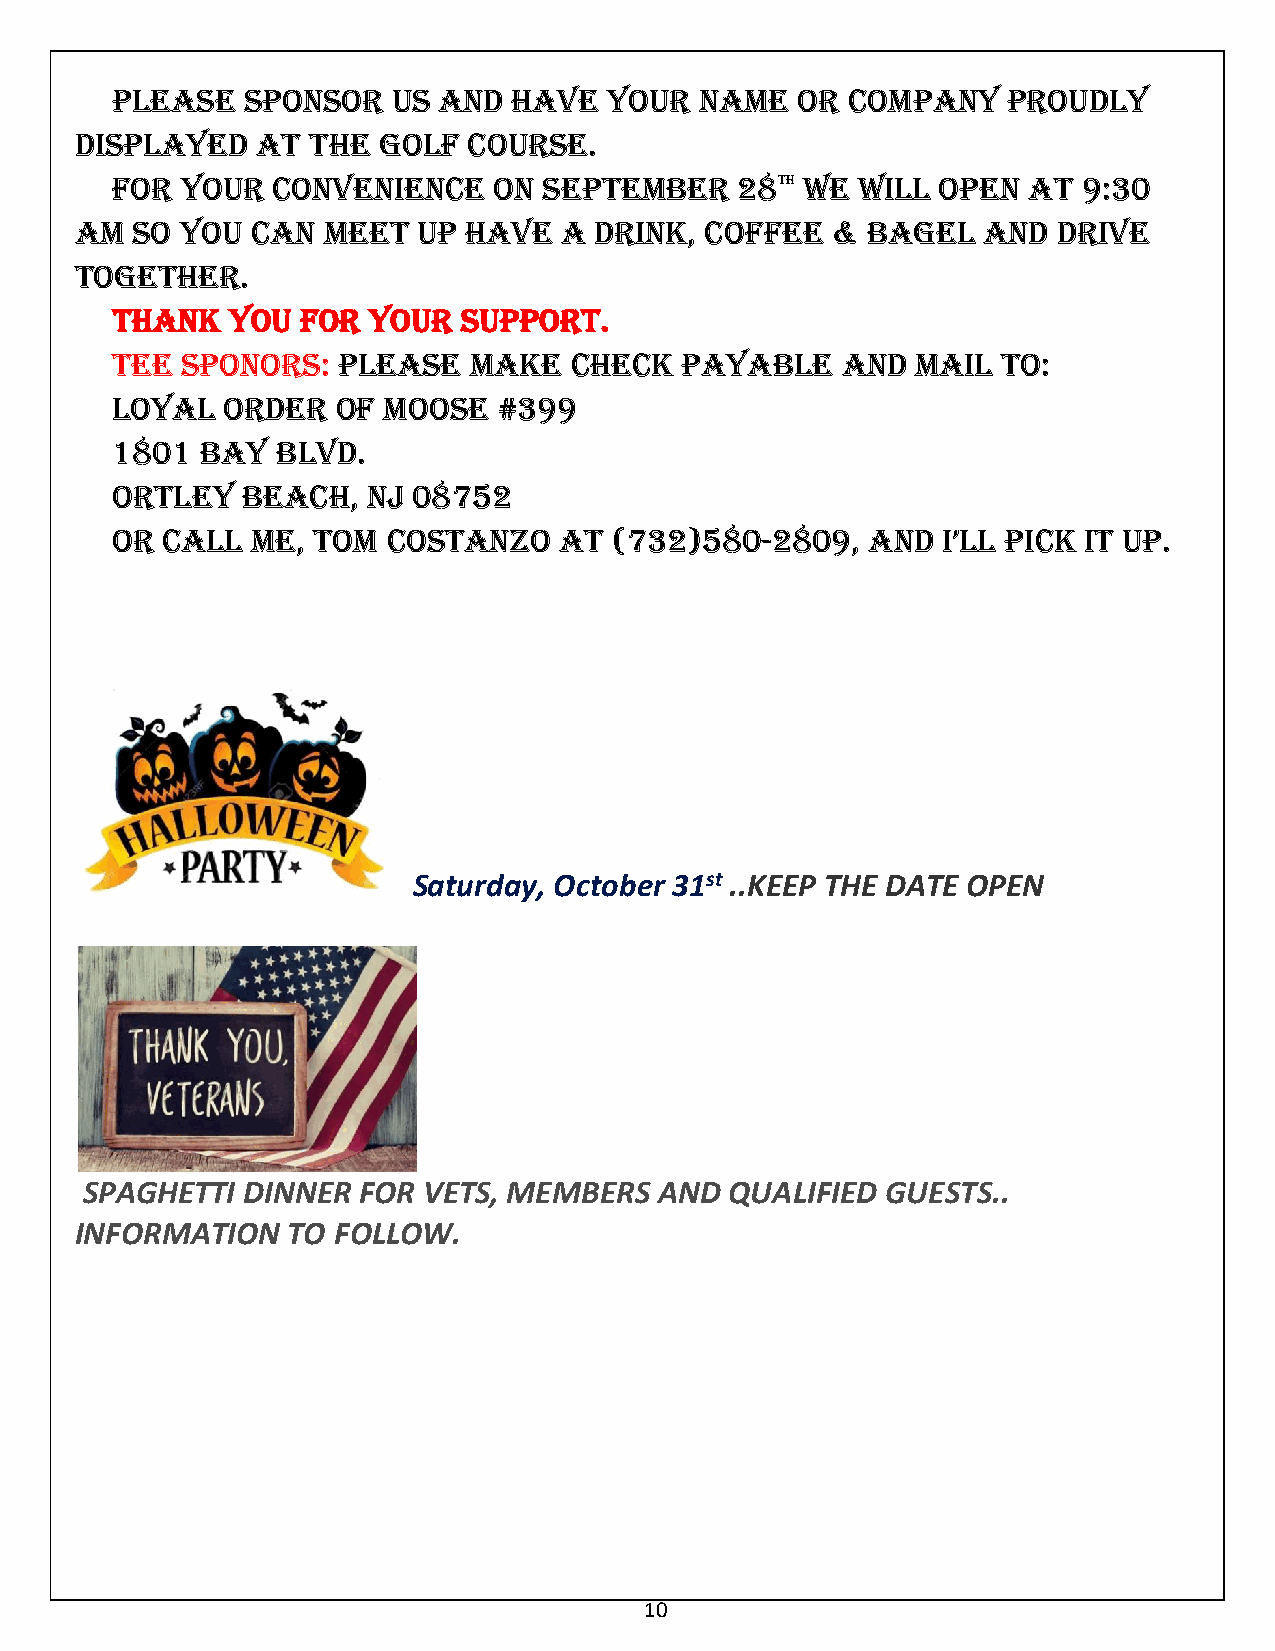
pLEASE   SpoNSoR   US ANd  HAVE  YoUR  NAME   oR CoMpANY    pRoUdLY
 dISpLAYEd   AT  THE goLF  CoURSE.
 FoR  YoUR  CoNVENIENCE    oN SEpTEMBER    28TH WE WILL opEN  AT  9:30
 AM  So YoU  CAN MEET   Up HAVE  A dRINK,  CoFFEE  & BAgEL   ANd  dRIVE
 TogETHER.
 THANK   YoU  FoR YoUR  SUppoRT.
 TEE  SpoNoRS:  pLEASE   MAKE   CHECK  pAYABLE    ANd  MAIL To:
 LoYAL   oRdER  oF MooSE   #399
 1801  BAY  BLVd.
 oRTLEY   BEACH,  NJ 08752
 oR  CALL  ME, ToM  CoSTANZo   AT  (732)580-2809,   ANd I’LL pICK IT Up.
 Saturday, October 31st ..KEEP THE DATE OPEN
 SPAGHETTI  DINNER  FOR VETS, MEMBERS   AND QUALIFIED  GUESTS..
 INFORMATION   TO FOLLOW.
 10